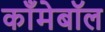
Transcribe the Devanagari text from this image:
काँमेबॉल